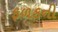
ફળકની